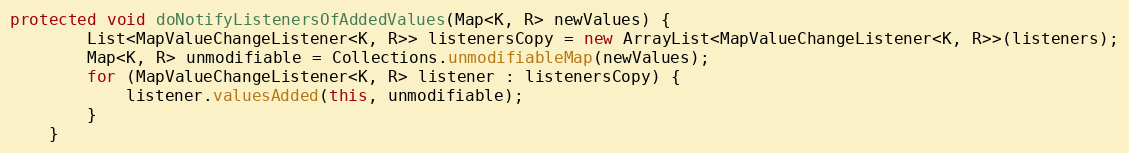
Language: Java
protected void doNotifyListenersOfAddedValues(Map<K, R> newValues) {
        List<MapValueChangeListener<K, R>> listenersCopy = new ArrayList<MapValueChangeListener<K, R>>(listeners);
        Map<K, R> unmodifiable = Collections.unmodifiableMap(newValues);
        for (MapValueChangeListener<K, R> listener : listenersCopy) {
            listener.valuesAdded(this, unmodifiable);
        }
    }